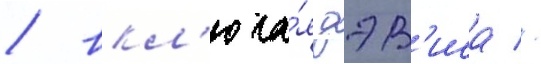
/ вкл'юча́я дэв'иса //